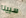
سيينا